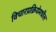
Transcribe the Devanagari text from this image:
विचारप्रक्रियेमधील